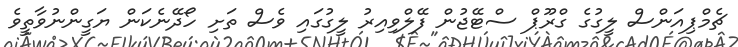
ޗެމްޕިއަންސް ލީގުގެ ގްރޫޕް ސްޓޭޖުން ފޭލްވިއިރު ލީގުގައި ވެސް ތަށި ހޯދޭނެކަން ޔަގީންނުވާތީވެ